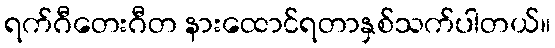
ရက်ဂီတေးဂီတ နားထောင်ရတာနှစ်သက်ပါတယ်။